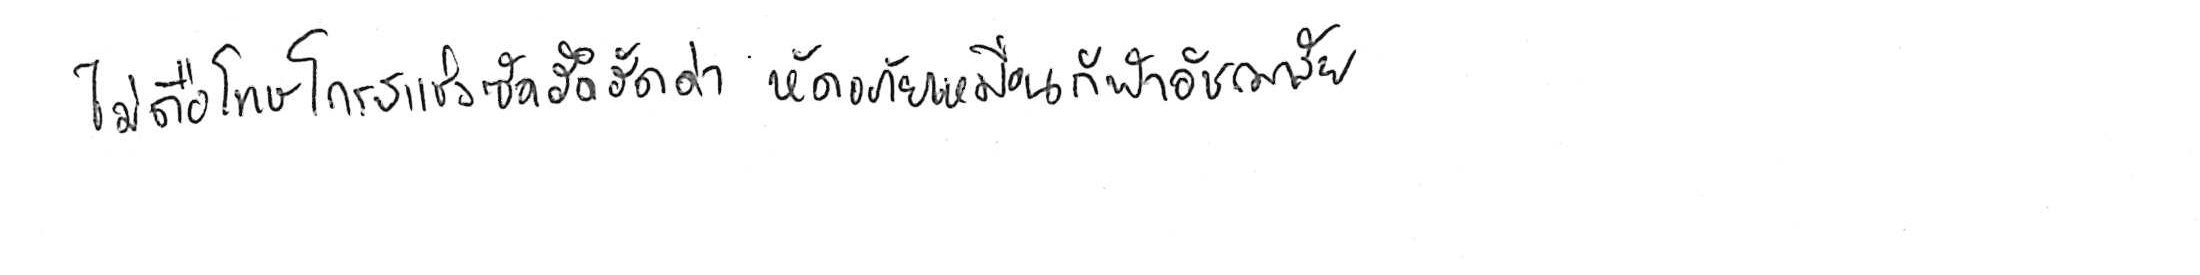
ไม่ถือโทษโกรธแช่งซัดฮึดฮัดด่า หัดอภัยเหมือนกีฬาอัชฌาสัย